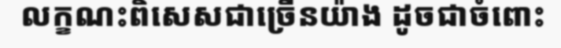
លក្ខណះពិសេសជាច្រើនយ៉ាង ដូចជាចំពោះ